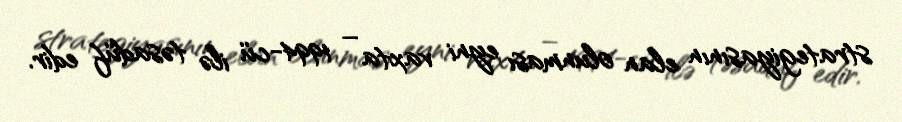
strategiyasının elan olunması eyni vaxta – 1994-cü ilə təsadüf edir.